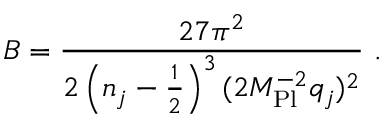
B = \frac { 2 7 \pi ^ { 2 } } { 2 \left( n _ { j } - \frac { 1 } { 2 } \right) ^ { 3 } ( 2 M _ { \mathrm { P l } } ^ { - 2 } q _ { j } ) ^ { 2 } } \ .